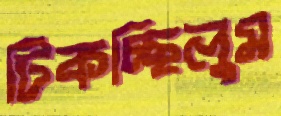
টিকচ্ছিলুম